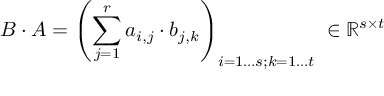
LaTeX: B \cdot A = \left( \sum _ { j = 1 } ^ { r } a _ { i , j } \cdot b _ { j , k } \right) _ { i = 1 \ldots s ; k = 1 \ldots t } \; \in \mathbb { R } ^ { s \times t }